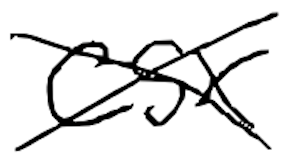
Text: CSX
Cross-out: mix
Writing tool: digital_black